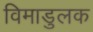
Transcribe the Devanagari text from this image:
विमाडुलक